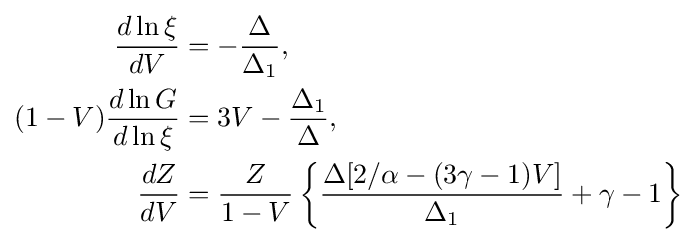
{\begin{aligned}{\frac {d\ln \xi }{dV}}&=-{\frac {\Delta }{\Delta _{1}}},\\(1-V){\frac {d\ln G}{d\ln \xi }}&=3V-{\frac {\Delta _{1}}{\Delta }},\\{\frac {dZ}{dV}}&={\frac {Z}{1-V}}\left\{{\frac {\Delta [2/\alpha -(3\gamma -1)V]}{\Delta _{1}}}+\gamma -1\right\}\end{aligned}}